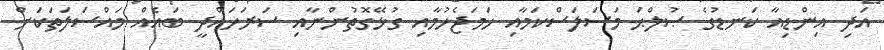
އަދި އިންޑިއާ ކަނޑުގެ ޞުލްޙަ މަސަލަސްކަމާއި ހަމަޖެހުމާއި ގުޅޭގޮތުންނާއި ސަރަހައްދީ ބައެއް މައްސަލަތަކަށް